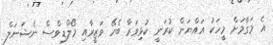
އެ މަގާމަށް މީހަކު އައްޔަން ކުރަނީ ކުޅިވަރާ ބެހޭ ވަޒީރާއި މޯލްޑިވްސް ނެޝަނަލް